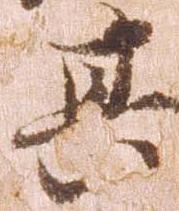
其